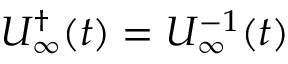
U _ { \infty } ^ { \dagger } ( t ) = U _ { \infty } ^ { - 1 } ( t )